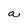
Character: a